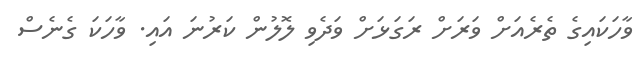
ވާހަކައިގެ ތެރެއަށް ވަރަށް ރަގަޅަށް ވަދެވި ލޮލުން ކަރުނަ އައި. ވާހަކަ ގެނެސް